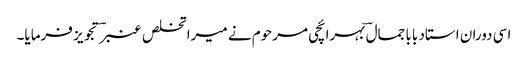
اسی دوران استاد بابا جمال ؔبہرائچی مرحوم نے میرا تخلص عنبرؔ تجویز فرمایا۔